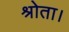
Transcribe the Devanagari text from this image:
श्रोता।